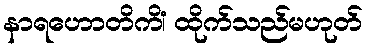
နာရဟောတိကိံ၊ ထိုက်သည်မဟုတ်